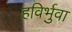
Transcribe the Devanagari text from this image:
हविर्भुवा